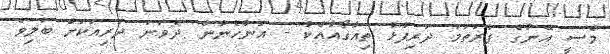
މެސީ އޭނާގެ ފުރަތަމަ ދަރިފުޅު ތިއާގޯއާއެކު - އަންހެނުން ދެވަނަ ދަރިއަކަށް ބަލިވެ